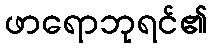
ဖာရောဘုရင်၏